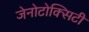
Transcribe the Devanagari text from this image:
जेनोटोक्सिटी